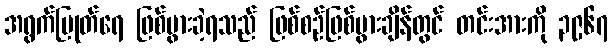
အရွက်ပြုတ်ရေ ဖြစ်ပွားခဲ့ရသည် ဖြစ်စဉ်ဖြစ်ပွားချိန်တွင် တင်းအားကို ၃၉၆၇